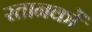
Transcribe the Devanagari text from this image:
स्तानकों